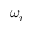
\omega _ { r }